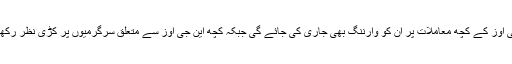
پنجاب کی بعض این جی اوز کے کچھ معاملات پر ان کو وارننگ بھی جاری کی جائے گی جبکہ کچھ این جی اوز سے متعلق سرگرمیوں پر کڑی نظر رکھنے کا حکم دیا گیا ہے۔